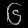
Digit: ၆